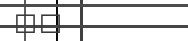
٦٢